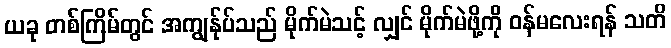
ယခု တစ်ကြိမ်တွင် အကျွန်ုပ်သည် မိုက်မဲသင့် လျှင် မိုက်မဲဖို့ကို ဝန်မလေးရန် သတိ